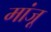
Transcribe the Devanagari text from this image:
मांजू